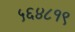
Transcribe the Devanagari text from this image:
५६४८१९